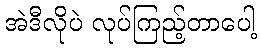
အဲဒီလိုပဲ လုပ်ကြည့်တာပေါ့